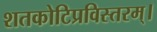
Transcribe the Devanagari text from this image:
शतकोटिप्रविस्तरम्‌।